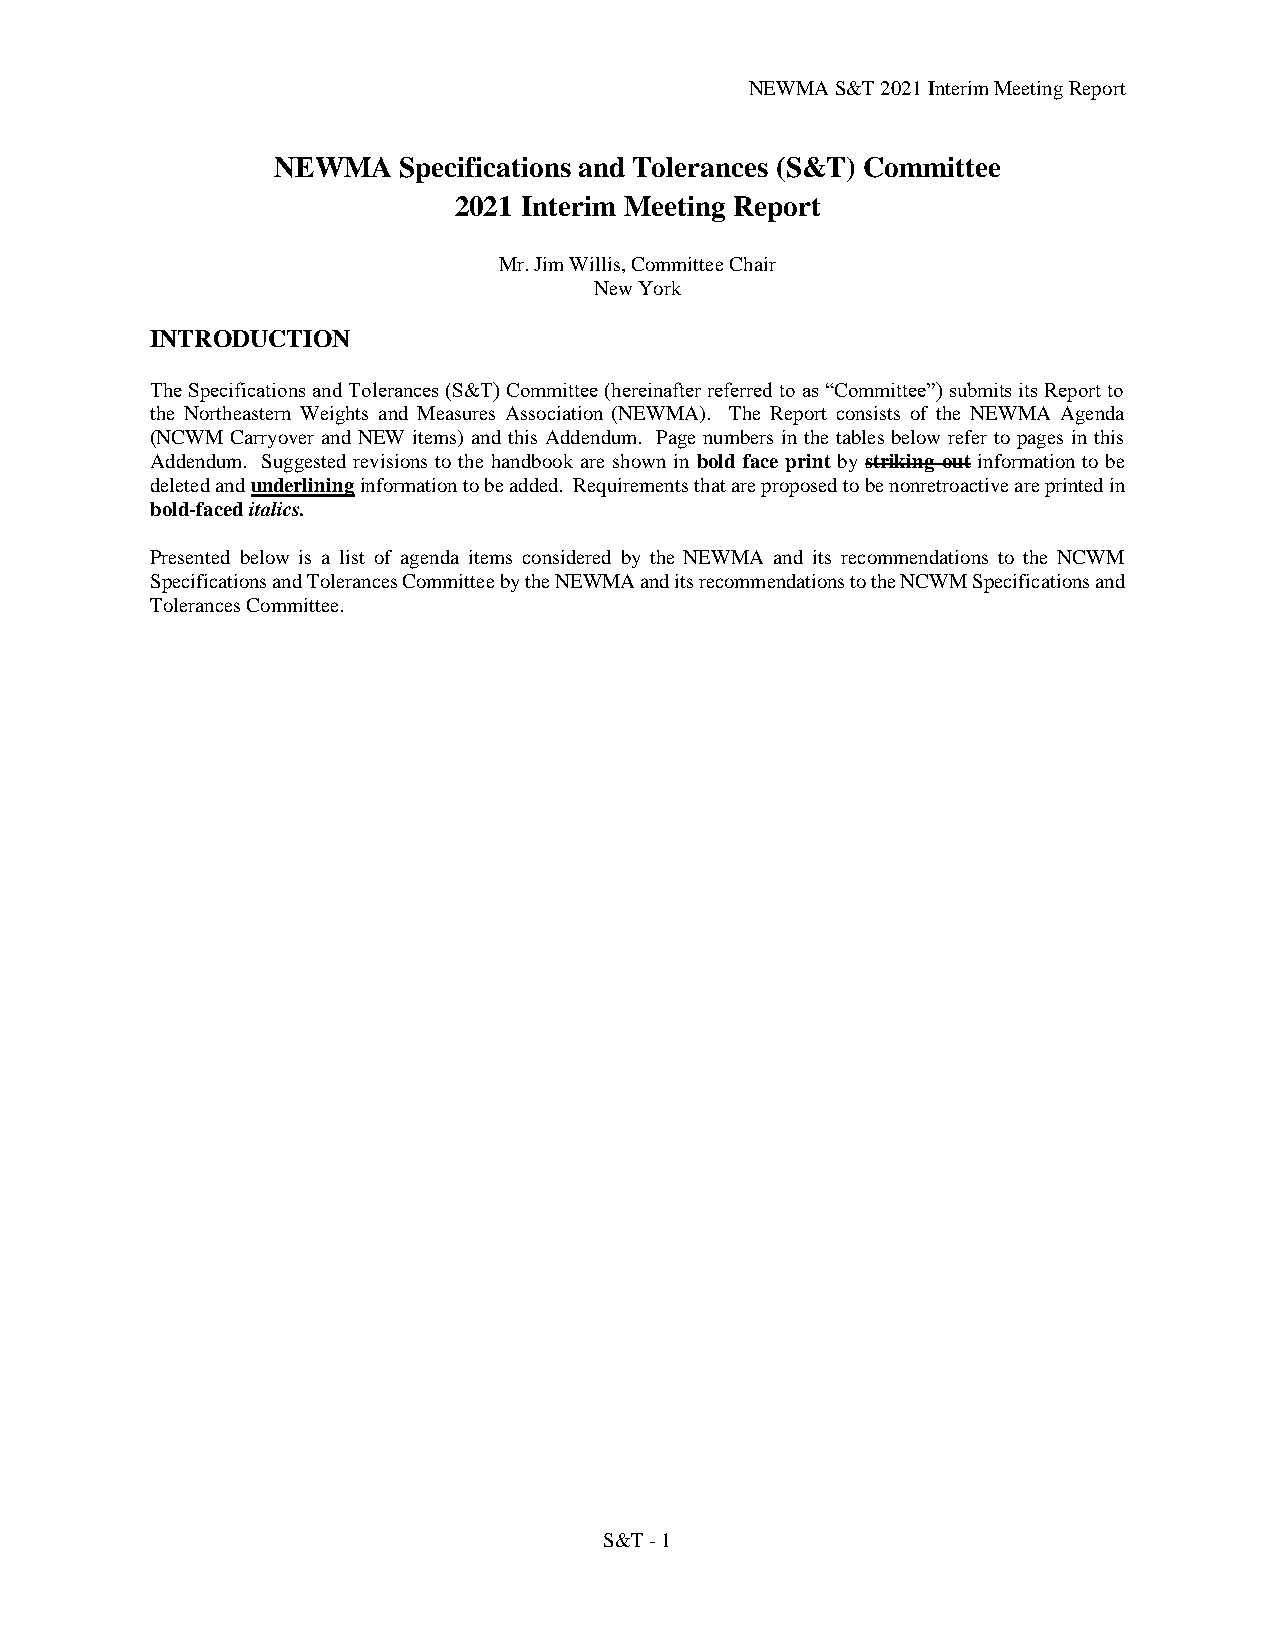
NEWMA S&T 2021 Interim Meeting Report
 NEWMA   Specifications and Tolerances (S&T) Committee
 2021 Interim Meeting Report
 Mr. Jim Willis, Committee Chair
 New York
 INTRODUCTION
 The Specifications and Tolerances (S&T) Committee (hereinafter referred to as “Committee”) submits its Report to
 the Northeastern Weights and Measures Association (NEWMA). The Report consists of the NEWMA Agenda
 (NCWM Carryover and NEW items) and this Addendum. Page numbers in the tables below refer to pages in this
 Addendum. Suggested revisions to the handbook are shown in bold face print by striking out information to be
 deleted and underlining information to be added. Requirements that are proposed to be nonretroactive are printed in
 bold-faced italics.
 Presented below is a list of agenda items considered by the NEWMA and its recommendations to the NCWM
 Specifications and Tolerances Committee by the NEWMA and its recommendations to the NCWM Specifications and
 Tolerances Committee.
 S&T - 1